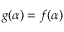
g ( \alpha ) = f ( \alpha )